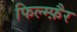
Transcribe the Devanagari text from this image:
फिल्म्फ़ैर